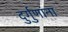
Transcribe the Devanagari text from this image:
दुर्गुणांना